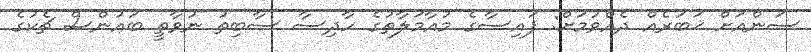
ސަންއަށް ޚަބަރެއް ދެއްވުމަށް: ފައިސާގެ މުއާމަލާތުގެ ހާދިސާ ސާބިތު ނުވާތީ ބައުންސް ޗެކުގެ